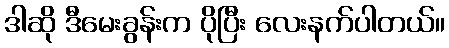
ဒါဆို ဒီမေးခွန်းက ပိုပြီး လေးနက်ပါတယ်။